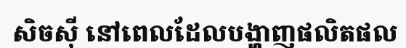
សិចស៊ី នៅពេលដែលបង្ហាញផលិតផល